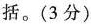
括。(3分)